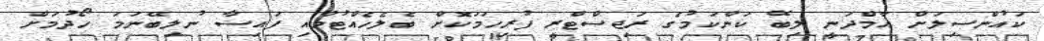
ކައުންސިލަށް އާމްދަނީ ލިބޭ ކަންކަމުގެ ރަޖިސްޓްރީ ފުރިހަމަކޮށް ބެލެހެއްޓުމާއި ފައިސާ ނުލިބޭނަމަ ހޯދުމަށް